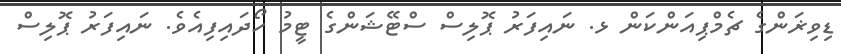
ޑިވިޜަންގެ ޗެމްޕިއަންކަން ޅ. ނައިފަރު ޕޮލިސް ސްޓޭޝަންގެ ޓީމު ހޯދައިފިއެވެ. ނައިފަރު ޕޮލިސް